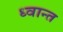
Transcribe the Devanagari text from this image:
ध्वान्त